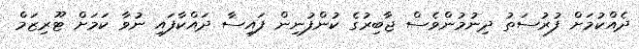
ދެއްކުމަށް ފުރުސަތު ދިނުމުންވެސް ޖާބިރުގެ ކުންފުނިން ފައިސާ ދައްކާފައި ނުވާ ކަމަށް ޓޫރިޒަމް